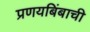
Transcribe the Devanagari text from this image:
प्रणयबिंबाची